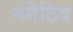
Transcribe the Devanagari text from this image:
नगेटिव